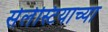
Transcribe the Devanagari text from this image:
सेलेस्टियाच्या